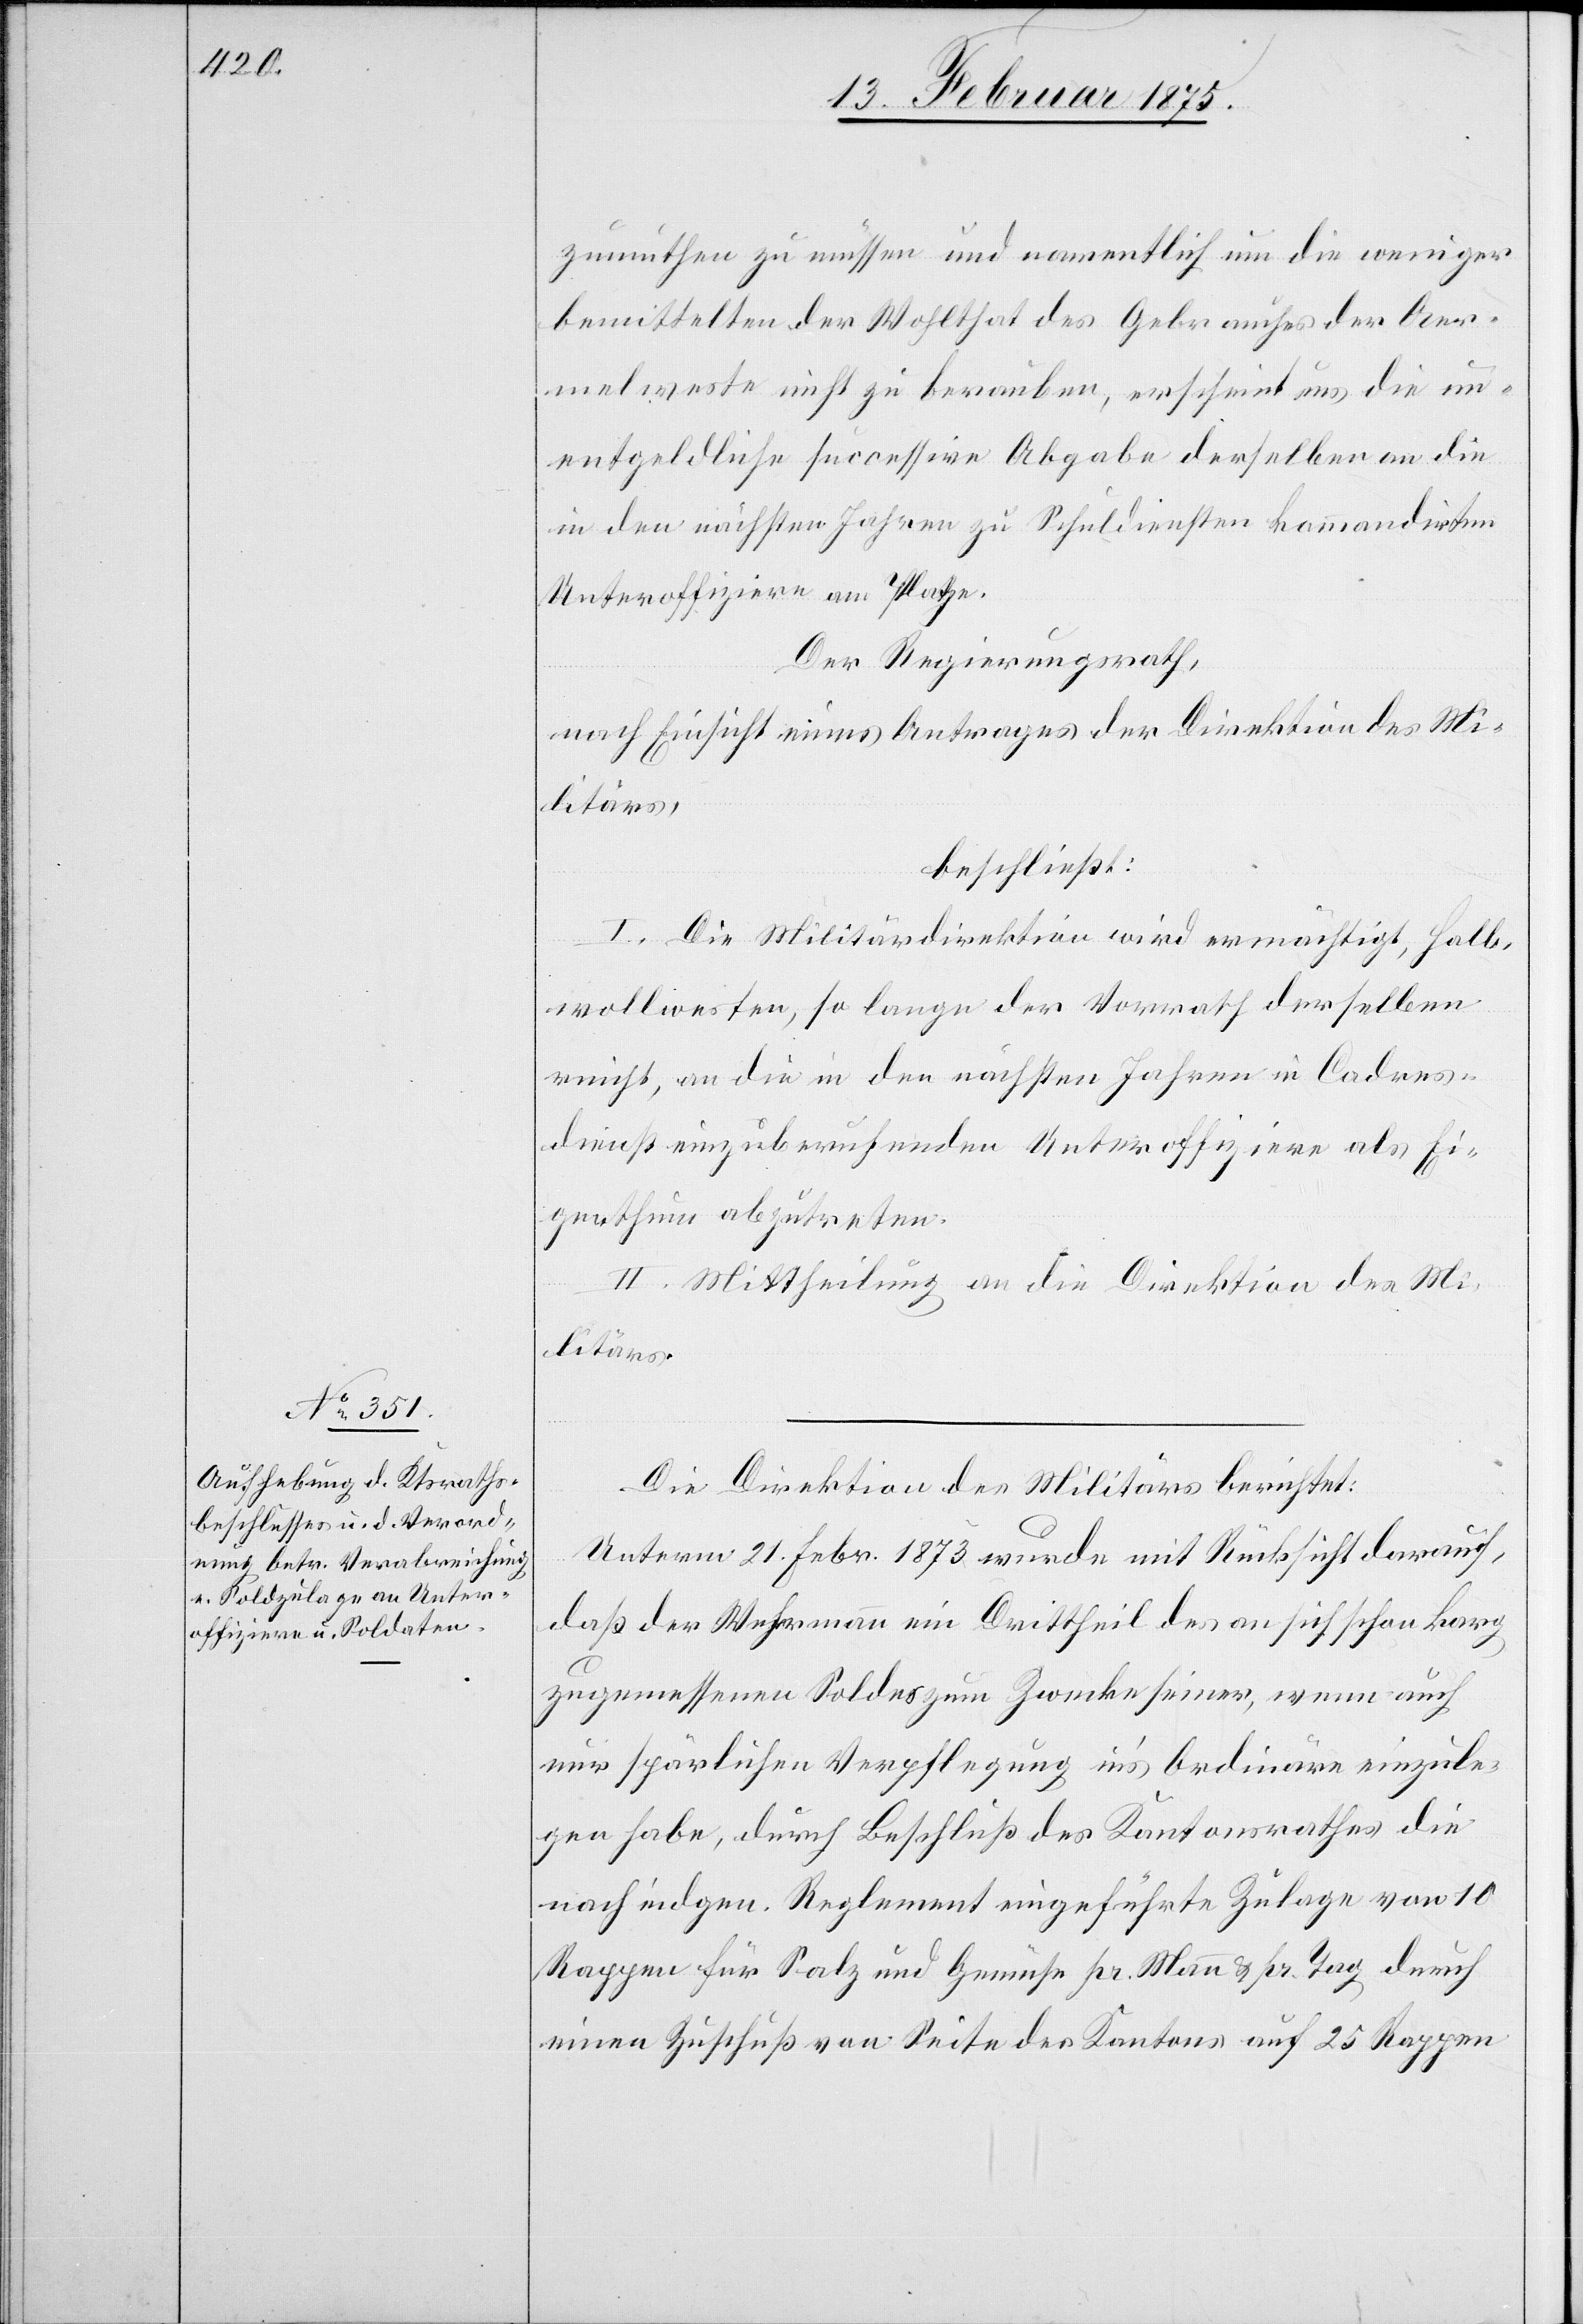
zumuthen zu müssen und namentlich um die weniger
bemittelten der Wohlthat des Gebrauches der Aer¬
melweste nicht zu berauben, erscheint uns die un¬
entgeldliche successive Abgabe derselben an die
in den nächsten Jahren zu Schuldiensten kommandirten
Unteroffiziere am Platze.
Der Regierungsrath,
nach Einsicht eines Antrages der Direktion des Mi¬
litärs,
beschließt:
I. Die Militärdirektion wird ermächtigt, Halb¬
wollwesten, so lange der Vorrath derselben
reicht, an die in den nächsten Jahren in Cadres¬
dienst einzuberufenden Unteroffizier als Ei¬
genthum abzutreten.
II. Mittheilung an die Direktion des Mi¬
litärs.
Die Direktion des Militärs berichtet:
Unterm 21. Febr. 1873 wurde mit Rücksicht darauf,
daß der Wehrmann ein Drittheil des an sich schon karg
zugemessenen Soldes zum Zwecke seiner, wenn auch
nur spärlichen Verpflegung in’s Ordinäre einzule¬
gen habe, durch Beschluß des Kantonsrathes die
nach eidgen. Reglement eingeführte Zulage von 10
Rappen für Salz und Gemüse pr. Mann u. pr. Tag durch
einen Zuschuß von Seite des Kantons auf 25 Rappen